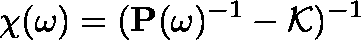
\mathbf { \chi } ( \omega ) = ( \mathbf { P } ( \omega ) ^ { - 1 } - \mathcal { K } ) ^ { - 1 }